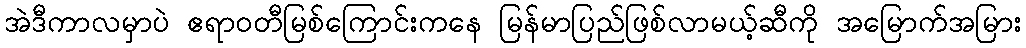
အဲဒီကာလမှာပဲ ဧရာဝတီမြစ်ကြောင်းကနေ မြန်မာပြည်ဖြစ်လာမယ့်ဆီကို အမြောက်အမြား